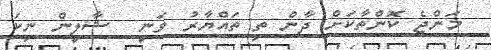
މަންޖެ ކޮންތާކަށް ދާން ތި ތައްޔާރު ވަނީ  ޝާލީން ނިކަ